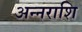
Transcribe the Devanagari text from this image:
अन्नराशि